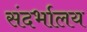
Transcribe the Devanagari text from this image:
संदर्भालय